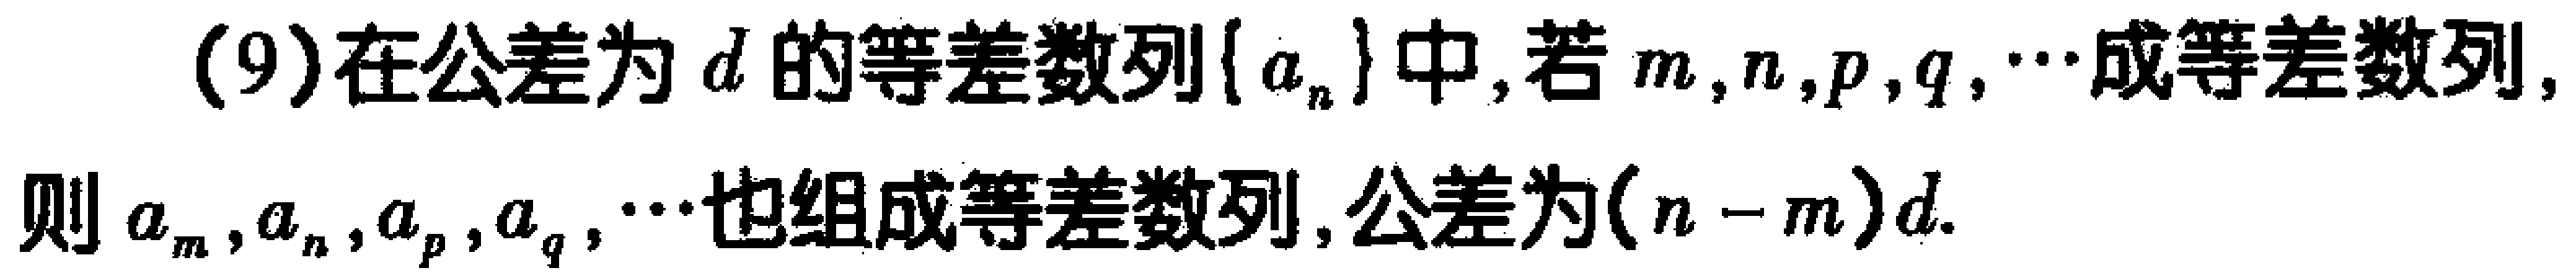
(9)在公差为\(d\)的等差数列\(\{ a_{n}\}\)中,若\(m,n,p,q,\cdots\)成等差数列,则\(a_{m},a_{n},a_{p},a_{q},\cdots\)也组成等差数列,公差为\((n - m)d\).